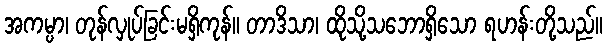
အကမ္ပာ၊ တုန်လှုပ်ခြင်းမရှိကုန်။ တာဒိသာ၊ ထိုသို့သဘောရှိသော ရဟန်းတို့သည်။